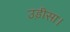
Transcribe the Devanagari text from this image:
उड़ीसा।